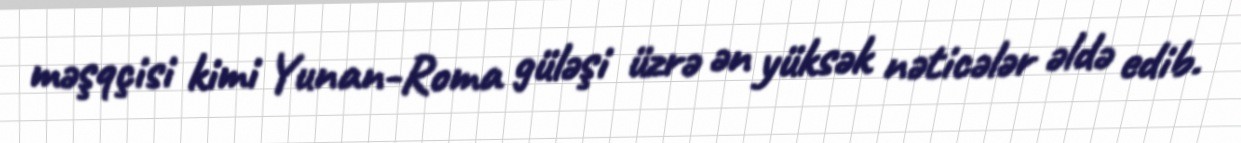
məşqçisi kimi Yunan-Roma güləşi üzrə ən yüksək nəticələr əldə edib.